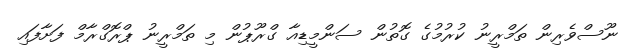
ނޫސްވެރިން ތަމްރީނު ކުރުމުގެ ގޮތުން ސަންމީޑިއާ ގްރޫޕުން މި ތަމްރީނު ޕްރޮގްރާމް ފަށާފައި